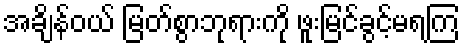
အချိန်ဝယ် မြတ်စွာဘုရားကို ဖူးမြင်ခွင့်မရကြ